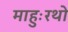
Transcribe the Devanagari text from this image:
माहुःरथो